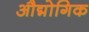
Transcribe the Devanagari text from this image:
औद्मोगिक